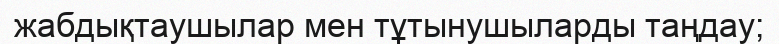
жабдықтаушылар мен тұтынушыларды таңдау;